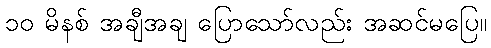
၁၀ မိနစ် အချီအချ ပြောသော်လည်း အဆင်မပြေ။